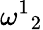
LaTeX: \omega^{1}{}_{2}